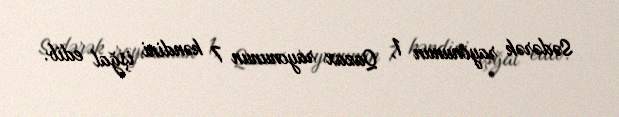
Sədərək rayonunun 1, Qazax rayonunun 7 kəndini işğal edib.